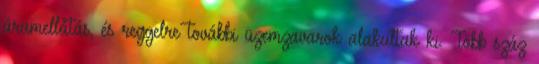
áramellátás, és reggelre további üzemzavarok alakultak ki. Több száz